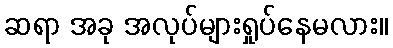
ဆရာ အခု အလုပ်များရှုပ်နေမလား။